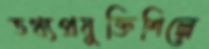
তথ্যপ্রযুক্তিশিল্পে